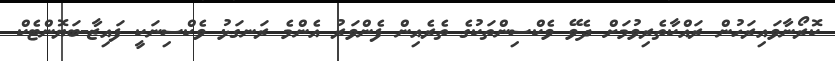
ކޮރޯނާވައިރަހުން ރައްކާތެރިވުމަށް ދެވޭ ވެކްސިންތަކުގެ ތެރެއިން ފެންވަރު އެންމެ ރަނގަޅު ވެކްސިނަކީ ފައިޒާ-ބަޔޮންޓެކް